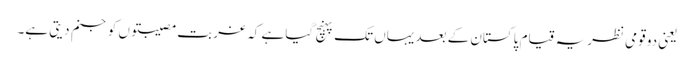
یعنی دو قومی نظریہ قیام پاکستان کے بعد یہاں تک پہنچ گیا ہے کہ غربت مصیبتوں کو جنم دیتی ہے۔